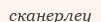
сканерлеу